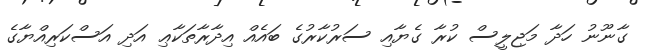
ގާނޫނު ހަދާ މަޖިލީސް ކުރާ ގެޔާއި ސަރުކާރުގެ ބައެއް އިދާރާތަކާޢި އަދި އަސްކަރިއްޔާގެ